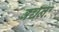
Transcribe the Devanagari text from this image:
बच्चनः